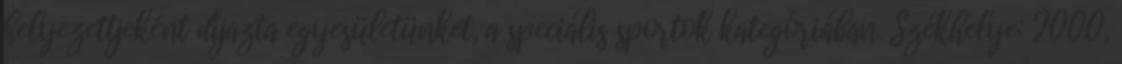
helyezettjeként díjazta egyesületünket, a speciális sportok kategóriában. Székhelye: 2000,